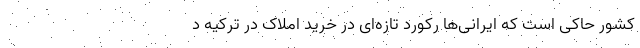
کشور حاکی است که ایرانی‌ها رکورد تازه‌ای در خرید املاک در ترکیه د